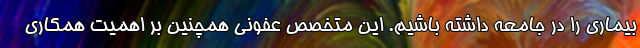
بیماری را در جامعه داشته باشیم. این متخصص عفونی همچنین بر اهمیت همکاری